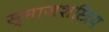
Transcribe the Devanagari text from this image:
स्माजशस्त्रिय